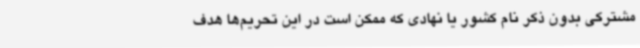
مشترکی بدون ذکر نام کشور یا نهادی که ممکن است در این تحریم‌ها هدف